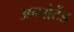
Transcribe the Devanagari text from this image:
अन्पोर्टेड